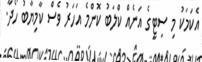
އެކަމަކު މި ސިޓީގެ އަނެއް ކްލަބު ކޮންމެ އަހަރު ވެސް ކާމިޔާބު ހޯދާ.